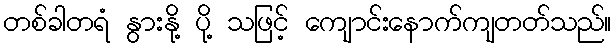
တစ်ခါတရံ နွားနို့ ပို့ သဖြင့် ကျောင်းနောက်ကျတတ်သည်။